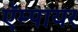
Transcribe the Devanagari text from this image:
ऍम्पायर